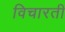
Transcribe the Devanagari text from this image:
विचारती